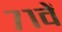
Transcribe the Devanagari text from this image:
७१वें